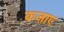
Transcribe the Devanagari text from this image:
कज़ाए